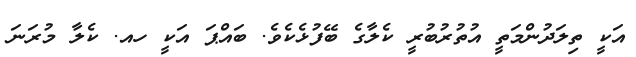
އަކީ ތިލަދުންމަތީ އުތުރުބުރީ ކެލާގެ ބޭފުޅެކެވެ. ބައްޕަ އަކީ ހއ. ކެލާ މުރަނަ